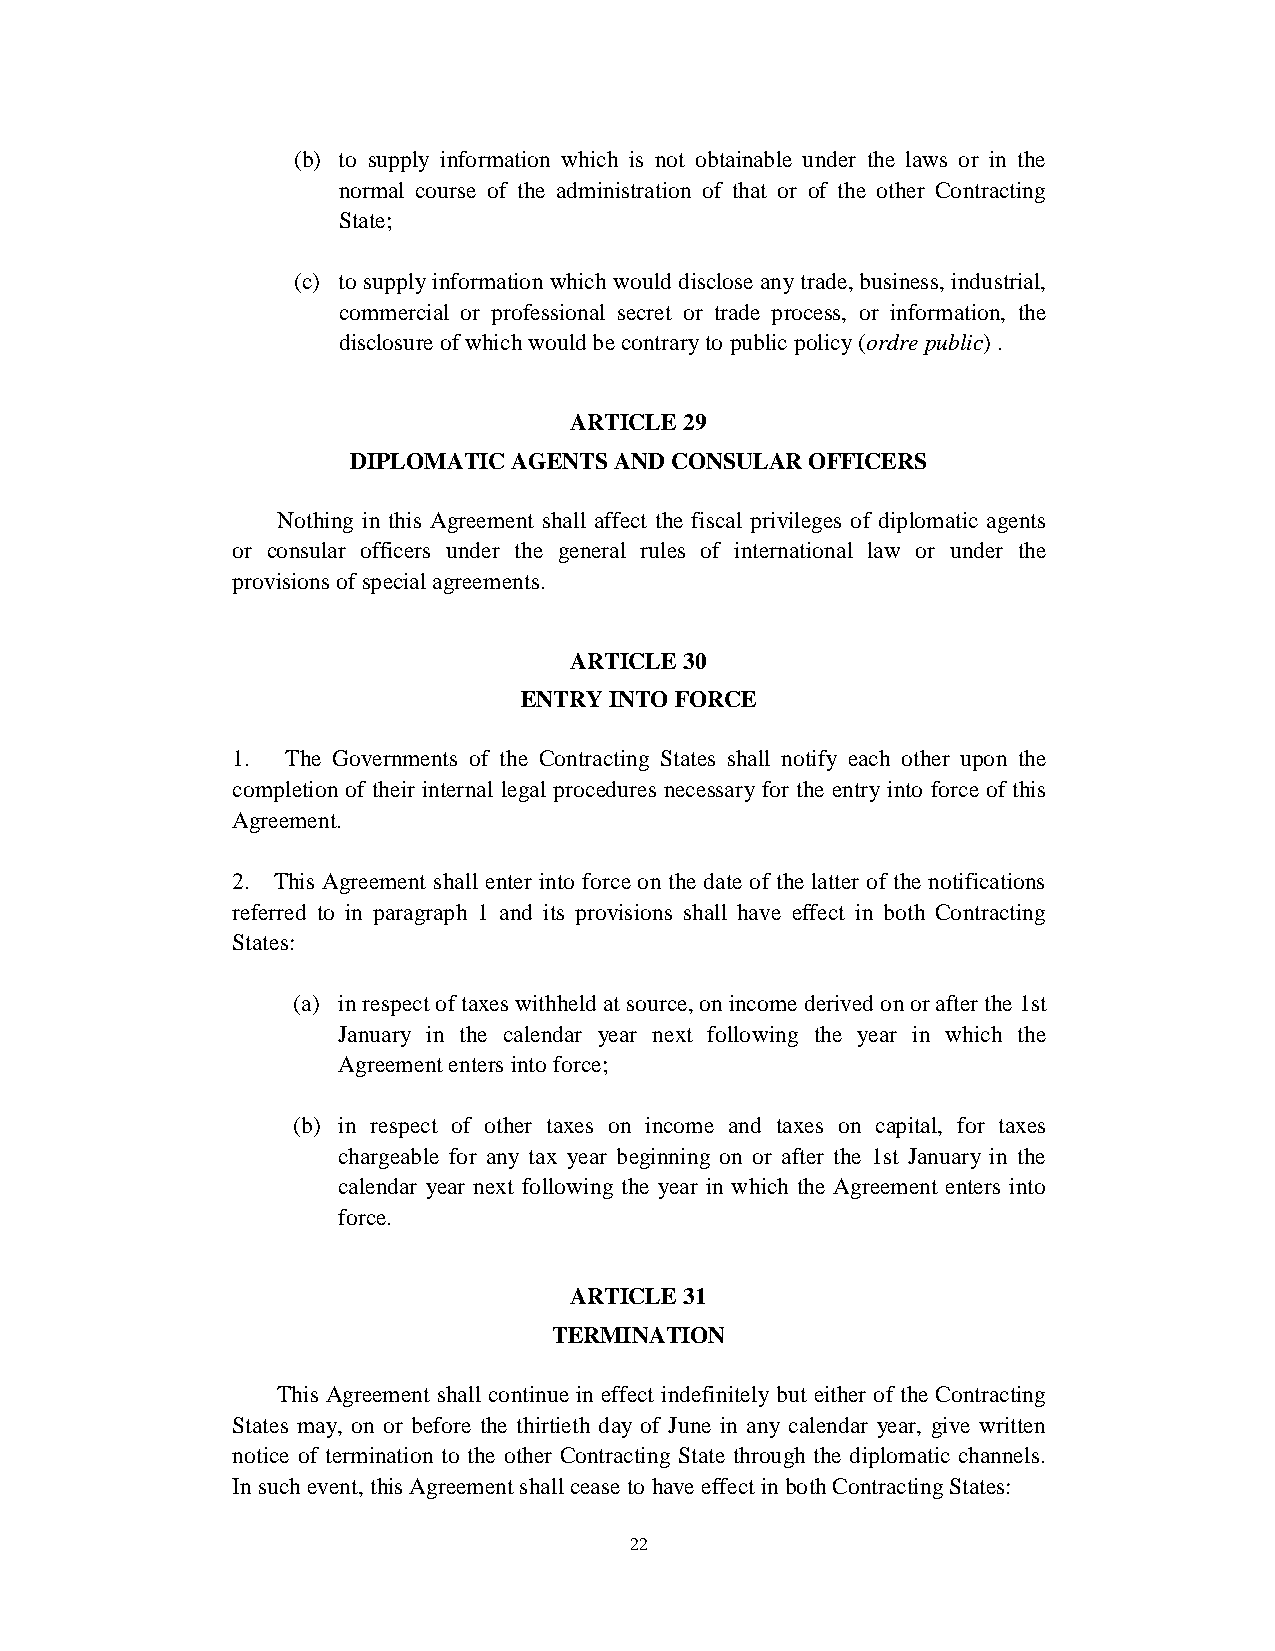
(b) to supply information which is not obtainable under the laws or in the
 normal course of the administration of that or of the other Contracting
 State;
 (c) to supply information which would disclose any trade, business, industrial,
 commercial or professional secret or trade process, or information, the
 disclosure of which would be contrary to public policy (ordre public) .
 ARTICLE 29
 DIPLOMATIC AGENTS AND CONSULAR OFFICERS
 Nothing in this Agreement shall affect the fiscal privileges of diplomatic agents
 or consular officers under the general rules of international law or under the
 provisions of special agreements.
 ARTICLE 30
 ENTRY INTO FORCE
 1. The Governments of the Contracting States shall notify each other upon the
 completion of their internal legal procedures necessary for the entry into force of this
 Agreement.
 2. This Agreement shall enter into force on the date of the latter of the notifications
 referred to in paragraph 1 and its provisions shall have effect in both Contracting
 States:
 (a) in respect of taxes withheld at source, on income derived on or after the 1st
 January in the calendar year next following the year in which the
 Agreement enters into force;
 (b) in respect of other taxes on income and taxes on capital, for taxes
 chargeable for any tax year beginning on or after the 1st January in the
 calendar year next following the year in which the Agreement enters into
 force.
 ARTICLE 31
 TERMINATION
 This Agreement shall continue in effect indefinitely but either of the Contracting
 States may, on or before the thirtieth day of June in any calendar year, give written
 notice of termination to the other Contracting State through the diplomatic channels.
 In such event, this Agreement shall cease to have effect in both Contracting States:
 22